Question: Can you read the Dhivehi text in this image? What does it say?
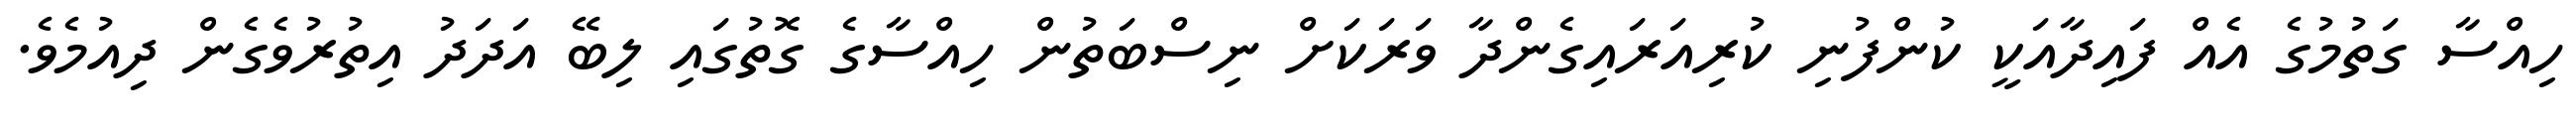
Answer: ހިއްސާ ގަތުމުގެ އެއް ފައިދާއަކީ ކުންފުނި ކުރިއަރައިގެންދާ ވަރަކަށް ނިސްބަތުން ހިއްސާގެ ގޮތުގައި ލިބޭ އަދަދު އިތުރުވެގެން ދިއުމެވެ.